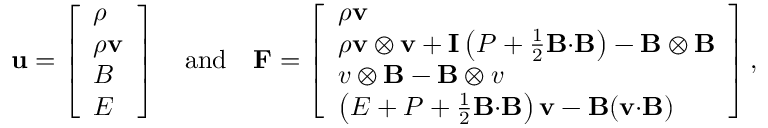
\mathbf { u } = \left[ \begin{array} { l } { \rho } \\ { \boldsymbol { \rho } \mathbf { v } } \\ { \boldsymbol { B } } \\ { E } \end{array} \right] \quad \mathrm { a n d } \quad \mathbf { F } = \left[ \begin{array} { l } { \boldsymbol { \rho } \mathbf { v } } \\ { \boldsymbol { \rho } \mathbf { v } \otimes \mathbf { v } + \mathbf { I } \left( P + \frac { 1 } { 2 } \mathbf { B } { \cdot } \mathbf { B } \right) - \mathbf { B } \otimes \mathbf { B } } \\ { \boldsymbol { v } \otimes \mathbf { B } - \mathbf { B } \otimes \boldsymbol { v } } \\ { \left( E + P + \frac { 1 } { 2 } \mathbf { B } { \cdot } \mathbf { B } \right) \mathbf { v } - \mathbf { B } ( \mathbf { v } { \cdot } \mathbf { B } ) } \end{array} \right] ,